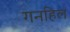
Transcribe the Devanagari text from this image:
गनहिल